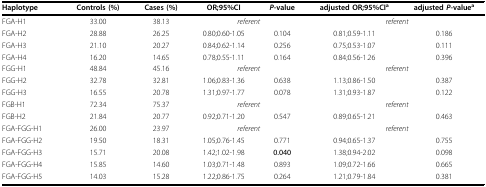
<table><thead><tr><td><b>Haplotype</b></td><td><b>Controls (%)</b></td><td><b>Cases (%)</b></td><td><b>OR;95%CI</b></td><td><b><i>P</i>-value</b></td><td><b>adjusted OR;95%CI<sup>a</sup></b></td><td><b>adjusted <i>P</i>-value<sup>a</sup></b></td></tr></thead><tbody><tr><td>FGA-H1</td><td>33.00</td><td>38.13</td><td colspan="2"><i>referent</i></td><td colspan="2"><i>referent</i></td></tr><tr><td>FGA-H2</td><td>28.88</td><td>26.25</td><td>0.80;0.60-1.05</td><td>0.104</td><td>0.81;0.59-1.11</td><td>0.186</td></tr><tr><td>FGA-H3</td><td>21.10</td><td>20.27</td><td>0.84;0.62-1.14</td><td>0.256</td><td>0.75;0.53-1.07</td><td>0.111</td></tr><tr><td>FGA-H4</td><td>16.20</td><td>14.65</td><td>0.78;0.55-1.11</td><td>0.164</td><td>0.84;0.56-1.26</td><td>0.396</td></tr><tr><td>FGG-H1</td><td>48.84</td><td>45.16</td><td colspan="2"><i>referent</i></td><td colspan="2"><i>referent</i></td></tr><tr><td>FGG-H2</td><td>32.78</td><td>32.81</td><td>1.06;0.83-1.36</td><td>0.638</td><td>1.13;0.86-1.50</td><td>0.387</td></tr><tr><td>FGG-H3</td><td>16.55</td><td>20.78</td><td>1.31;0.97-1.77</td><td>0.078</td><td>1.31;0.93-1.87</td><td>0.122</td></tr><tr><td>FGB-H1</td><td>72.34</td><td>75.37</td><td colspan="2"><i>referent</i></td><td colspan="2"><i>referent</i></td></tr><tr><td>FGB-H2</td><td>21.84</td><td>20.77</td><td>0.92;0.71-1.20</td><td>0.547</td><td>0.89;0.65-1.21</td><td>0.463</td></tr><tr><td>FGA-FGG-H1</td><td>26.00</td><td>23.97</td><td colspan="2"><i>referent</i></td><td colspan="2"><i>referent</i></td></tr><tr><td>FGA-FGG-H2</td><td>19.50</td><td>18.31</td><td>1.05;0.76-1.45</td><td>0.771</td><td>0.94;0.65-1.37</td><td>0.755</td></tr><tr><td>FGA-FGG-H3</td><td>15.71</td><td>20.08</td><td>1.42;1.02-1.98</td><td><b>0.040</b></td><td>1.38;0.94-2.02</td><td>0.098</td></tr><tr><td>FGA-FGG-H4</td><td>15.85</td><td>14.60</td><td>1.03;0.71-1.48</td><td>0.893</td><td>1.09;0.72-1.66</td><td>0.665</td></tr><tr><td>FGA-FGG-H5</td><td>14.03</td><td>15.28</td><td>1.22;0.86-1.75</td><td>0.264</td><td>1.21;0.79-1.84</td><td>0.381</td></tr></tbody></table>